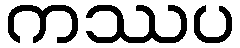
ကဿပ